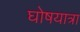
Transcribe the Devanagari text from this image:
घोषयात्रा